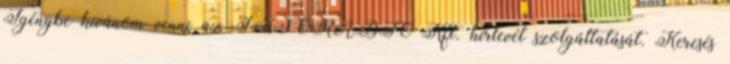
Igénybe kívánom venni az INFORÁDIÓ Kft. hírlevél szolgáltatását. Keresés